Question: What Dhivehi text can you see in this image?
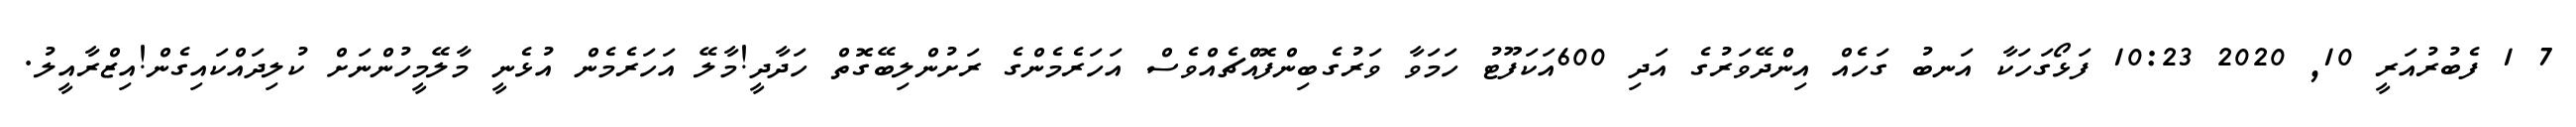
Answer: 7 1 ފެބުރުއަރީ 10, 2020 10:23 ފަޅޯގަހަކާ އަނބު ގަހެއް އިންދޭވަރުގެ އަދި 600އަކަފޫޓު ހަމަވާ ވަރުގެބިންފޮއްޗެއްވެސް އަހަރެމެންގެ ރަށުންލިބޭގޮތް ހަދާދީ!މާލޭ އަހަރެމެން އުޅެނީ މާލޭމީހުންނަށް ކުލިދައްކައިގެން!އިޒްރާއީލު.